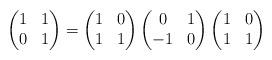
LaTeX: \begin{align*}\begin{pmatrix}1&1\\ 0&1\end{pmatrix}=\begin{pmatrix}1&0 \\ 1 & 1\end{pmatrix}\begin{pmatrix}0 & 1 \\ -1 & 0\end{pmatrix}\begin{pmatrix}1 & 0 \\ 1 & 1\end{pmatrix}\end{align*}